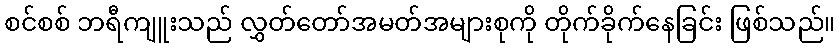
စင်စစ် ဘရီကျူးသည် လွှတ်တော်အမတ်အများစုကို တိုက်ခိုက်နေခြင်း ဖြစ်သည်။